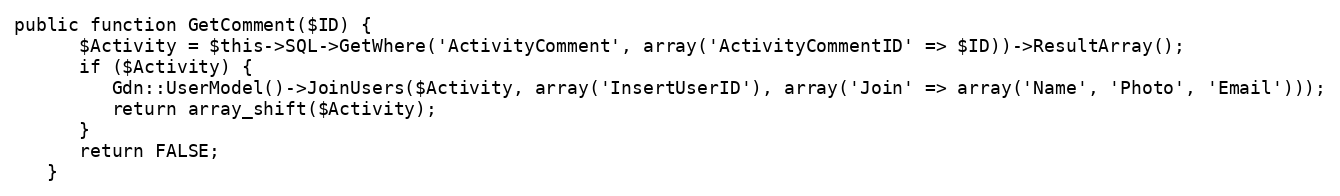
Language: PHP
public function GetComment($ID) {
      $Activity = $this->SQL->GetWhere('ActivityComment', array('ActivityCommentID' => $ID))->ResultArray();
      if ($Activity) {
         Gdn::UserModel()->JoinUsers($Activity, array('InsertUserID'), array('Join' => array('Name', 'Photo', 'Email')));
         return array_shift($Activity);
      }
      return FALSE;
   }